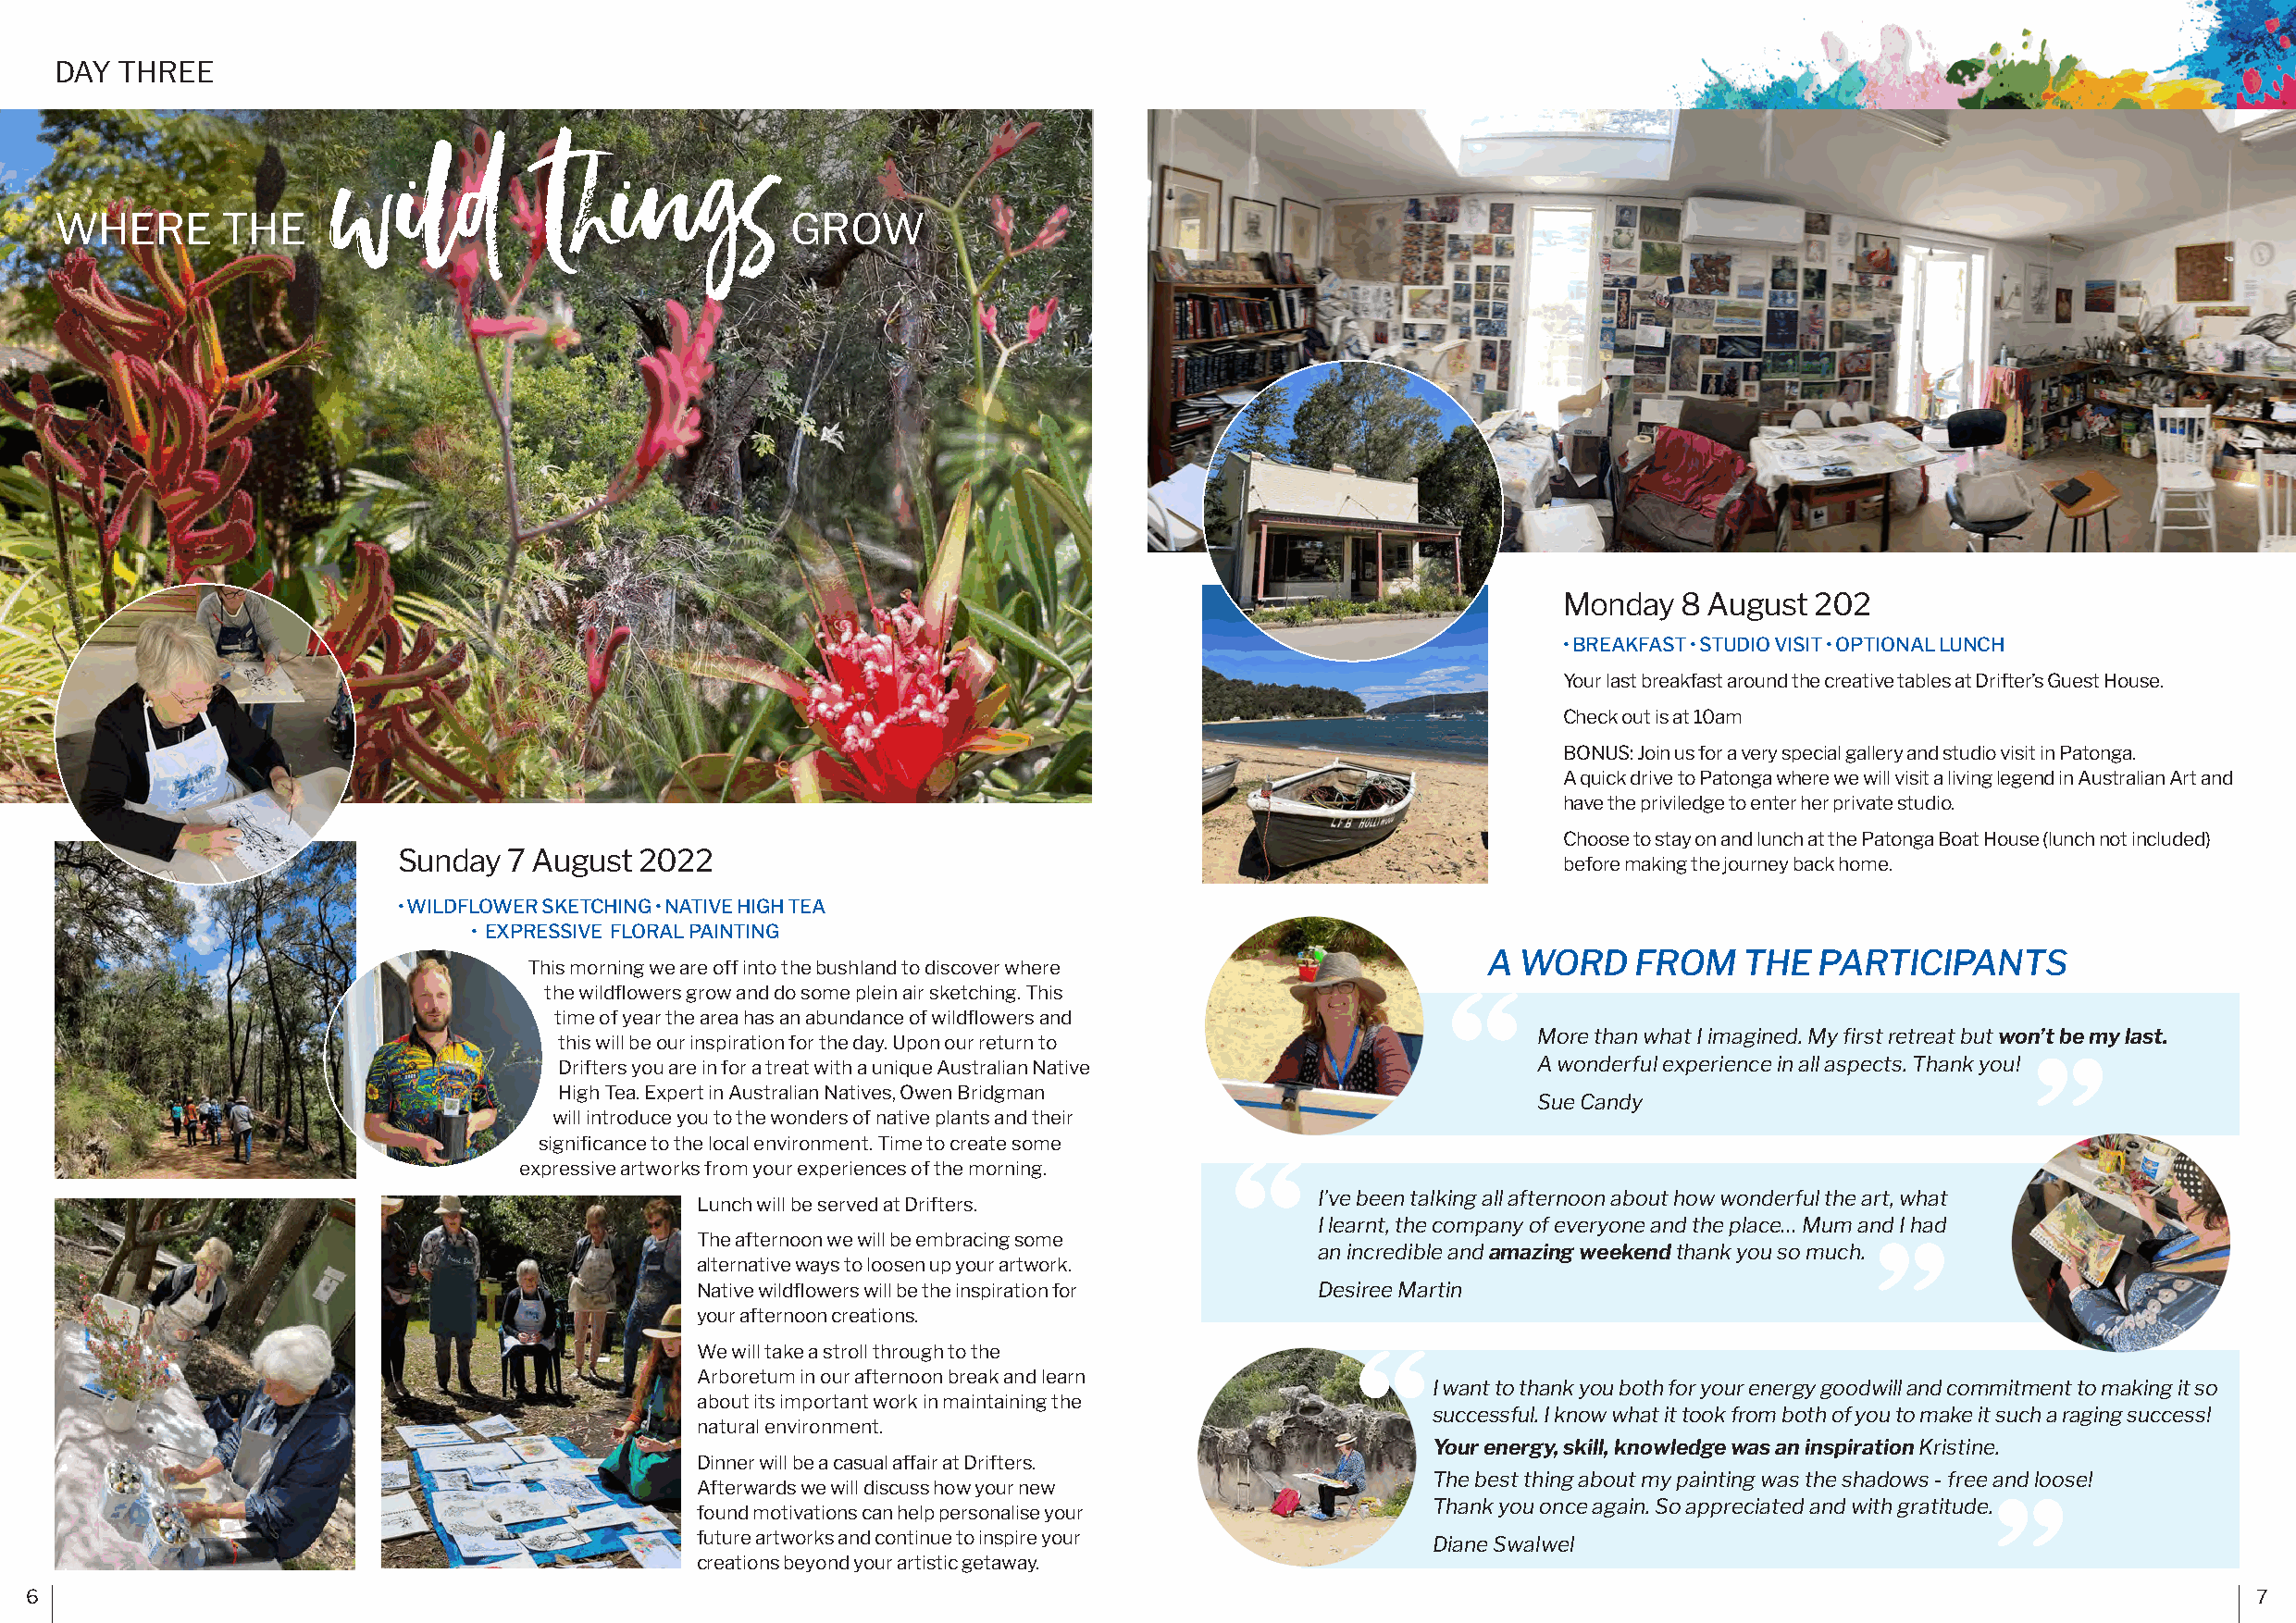
DAY THREE
 wild           things
 WHERE       THE                                      GROW
 Monday  8 August  202
 • BREAKFAST • STUDIO VISIT • OPTIONAL LUNCH
 Your last breakfast around the creative tables at Drifter’s Guest House.
 Check out is at 10am
 BONUS: Join us for a very special gallery and studio visit in Patonga.
 A quick drive to Patonga where we will visit a living legend in Australian Art and
 have the priviledge to enter her private studio.
 Choose to stay on and lunch at the Patonga Boat House (lunch not included)
 Sunday  7 August  2022
 before making the journey back home.
 • WILDFLOWER SKETCHING • NATIVE HIGH TEA
 • EXPRESSIVE FLORAL PAINTING
 A  WORD    FROM    THE  PARTICIPANTS
 This morning we are off into the bushland to discover where
 the wildflowers grow and do some plein air sketching. This
 time of year the area has an abundance of wildflowers and
 More than what I imagined. My first retreat but won’t be my last.
 this will be our inspiration for the day. Upon our return to
 Drifters you are in for a treat with a unique Australian Native       A wonderful experience in all aspects. Thank you!
 High Tea. Expert in Australian Natives, Owen Bridgman
 Sue Candy
 will introduce you to the wonders of native plants and their
 significance to the local environment. Time to create some
 expressive artworks from your experiences of the morning.
 I’ve been talking all afternoon about how wonderful the art, what
 Lunch will be served at Drifters.
 I learnt, the company of everyone and the place… Mum and I had
 The afternoon we will be embracing some
 an incredible and amazing weekend thank you so much.
 alternative ways to loosen up your artwork.
 Native wildflowers will be the inspiration for Desiree Martin
 your afternoon creations.
 We will take a stroll through to the
 Arboretum in our afternoon break and learn
 I want to thank you both for your energy goodwill and commitment to making it so
 about its important work in maintaining the
 successful. I know what it took from both of you to make it such a raging success!
 natural environment.
 Your energy, skill, knowledge was an inspiration Kristine.
 Dinner will be a casual affair at Drifters.
 The best thing about my painting was the shadows - free and loose!
 Afterwards we will discuss how your new
 Thank you once again. So appreciated and with gratitude.
 found motivations can help personalise your
 future artworks and continue to inspire your
 Diane Swalwel
 creations beyond your artistic getaway.
 6                                                                                                                                                              7